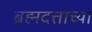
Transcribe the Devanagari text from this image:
ब्रह्मदत्ताच्या